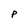
Character: P